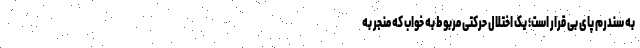
به سندرم پای بی قرار است؛ یک اختلال حرکتی مربوط به خواب که منجر به